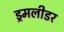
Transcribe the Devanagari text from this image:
ड्रमलीडर